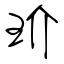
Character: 玠